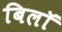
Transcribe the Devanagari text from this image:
बिलॉ